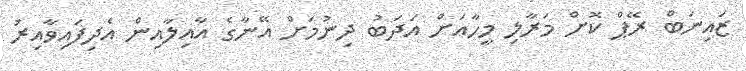
ޒައިނަބް ރޭޕް ކޮށް މަރާލި މީހާއަށް އަދަބު ދިނުމަށް އޭނާގެ އާއިލާއިން އެދިފައިވާއިރު